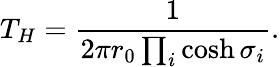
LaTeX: T_{H}=\frac{1}{2\pi r_{0}\prod_{i}\cosh\sigma_{i}}.